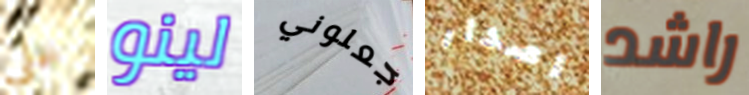
علي لينو جعلوني اصدار راشد